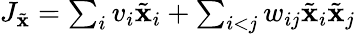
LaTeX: \begin{array}{r}{J_{\tilde{\mathbf{x}}}=\sum_{i}v_{i}\tilde{\mathbf{x}}_{i}+\sum_{i<j}w_{ij}\tilde{\mathbf{x}}_{i}\tilde{\mathbf{x}}_{j}}\end{array}